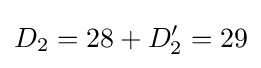
D_{2}=28+D'_{2}=29